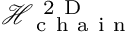
\mathcal { H } _ { \mathrm { ~ c ~ h ~ a ~ i ~ n ~ } } ^ { \mathrm { ~ 2 ~ D ~ } }